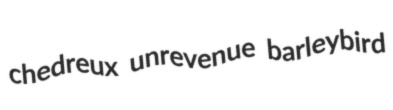
chedreux unrevenue barleybird